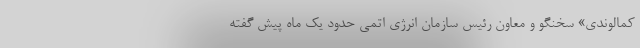
کمالوندی» سخنگو و معاون رئیس سازمان انرژی اتمی حدود یک ماه پیش گفته